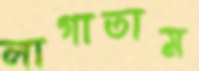
লাগাতাম